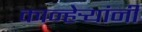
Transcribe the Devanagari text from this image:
कान्हेर्‍यांनी